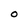
Character: 0